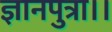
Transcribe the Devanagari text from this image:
ज्ञानपुत्रा।।